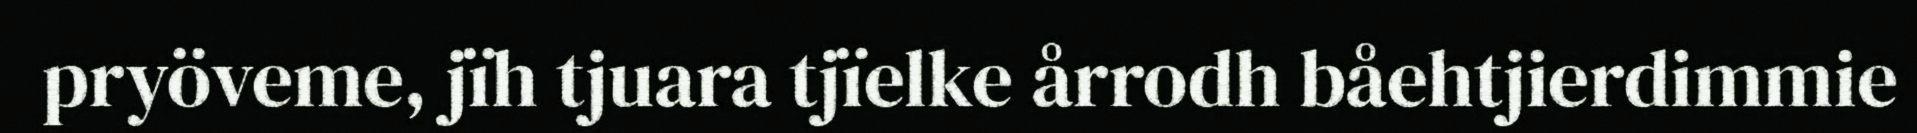
pryöveme, jïh tjuara tjïelke årrodh båehtjierdimmie